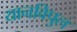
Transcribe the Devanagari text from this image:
यानविपुल